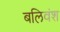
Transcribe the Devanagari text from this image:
बलिवंश